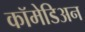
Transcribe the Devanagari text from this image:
कॉमेडिअन